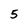
Character: 5